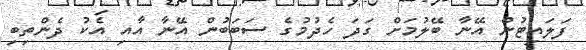
ފަލައިޓުން އޭނާ ބޭލުމަށް ގަދަ ހެދުމުގެ ސަބަބުން އޭނާ އާއި އެކު ދެންތިބި